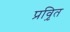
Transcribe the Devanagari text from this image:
प्रवृ़ित